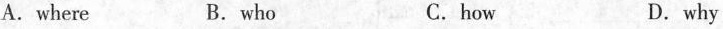
A. where B.who C.how D.why